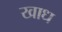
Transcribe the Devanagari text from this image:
खाध